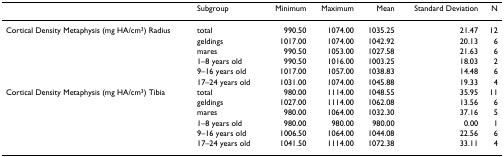
|  | Subgroup | Minimum | Maximum | Mean | Standard Deviation | N |
 | --- | --- | --- | --- | --- | --- | --- |
 | Cortical Density Metaphysis (mg HA/cm3) Radius | total | 990.50 | 1074.00 | 1035.25 | 21.47 | 12 |
 |  | geldings | 1017.00 | 1074.00 | 1042.92 | 20.13 | 6 |
 |  | mares | 990.50 | 1053.00 | 1027.58 | 21.63 | 6 |
 |  | 1–8 years old | 990.50 | 1016.00 | 1003.25 | 18.03 | 2 |
 |  | 9–16 years old | 1017.00 | 1057.00 | 1038.83 | 14.48 | 6 |
 |  | 17–24 years old | 1031.00 | 1074.00 | 1045.88 | 19.33 | 4 |
 | Cortical Density Metaphysis (mg HA/cm3) Tibia | total | 980.00 | 1114.00 | 1048.55 | 35.95 | 11 |
 |  | geldings | 1027.00 | 1114.00 | 1062.08 | 13.56 | 6 |
 |  | mares | 980.00 | 1064.00 | 1032.30 | 37.16 | 5 |
 |  | 1–8 years old | 980.00 | 980.00 | 980.00 | 0.00 | 1 |
 |  | 9–16 years old | 1006.50 | 1064.00 | 1044.08 | 22.56 | 6 |
 |  | 17–24 years old | 1041.50 | 1114.00 | 1072.38 | 33.11 | 4 |